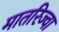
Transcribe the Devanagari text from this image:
मातरिज्वा